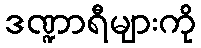
ဒဏ္ဍာရီများကို